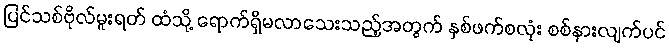
ပြင်သစ်ဗိုလ်မူးရတ် ထံသို့ ရောက်ရှိမလာသေးသည့်အတွက် နှစ်ဖက်စလုံး စစ်နားလျက်ပင်